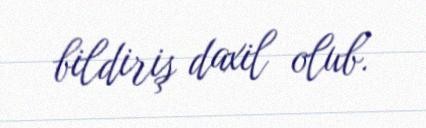
bildiriş daxil olub.